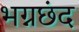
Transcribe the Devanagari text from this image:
भग्नछंद